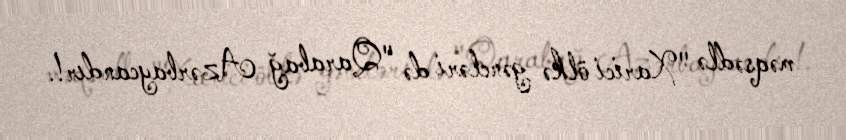
məqsədlə "Xarici ölkə gəncləri də "Qarabağ Azərbaycandır!.